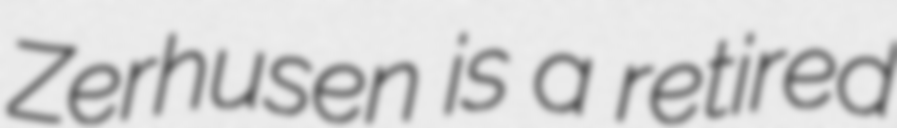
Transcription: Zerhusen is a retired